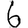
Digit: 6